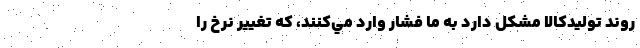
روند تولیدكالا مشکل دارد به ما فشار وارد مي‌كنند، كه تغيير نرخ را